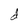
Character: d